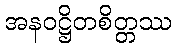
အနဝဋ္ဌိတစိတ္တဿ